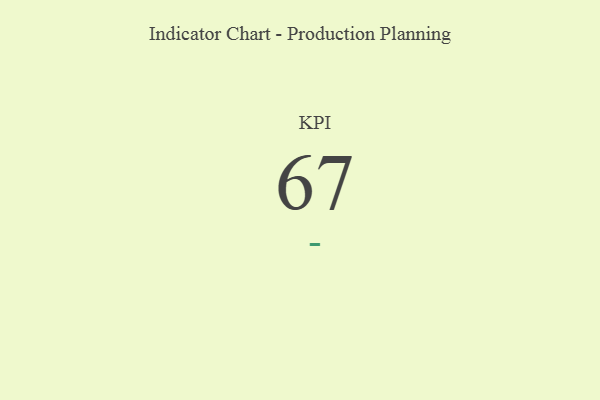
{"axis": {"x": "KPI", "y": "Value"}, "legend": [""], "data": [{"x": "KPI", "y": 67, "type": ""}]}